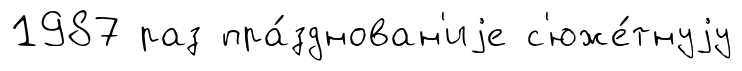
1987 раз пра́зднован'иjе с'юже́тнуjу